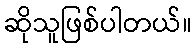
ဆိုသူဖြစ်ပါတယ်။